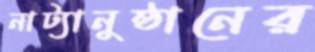
নাট্যানুষ্ঠানের